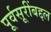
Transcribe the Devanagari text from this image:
पूर्वसूरींबद्दल